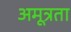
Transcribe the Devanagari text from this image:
अमूत्रता